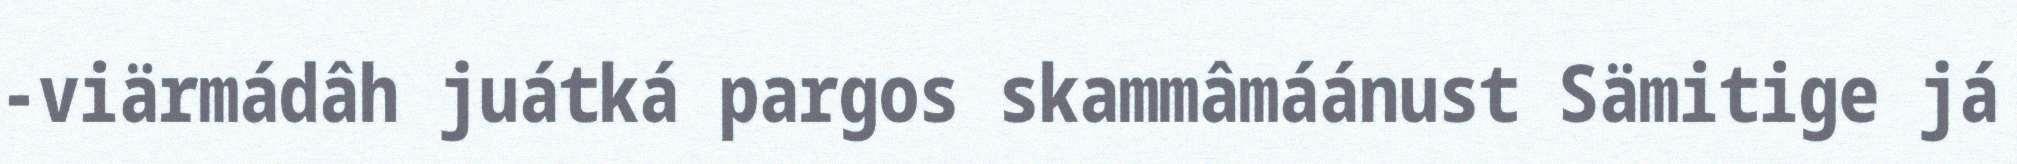
-viärmádâh juátká pargos skammâmáánust Sämitige já